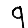
Digit: 9